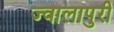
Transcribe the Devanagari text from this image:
ज्वालापुरी